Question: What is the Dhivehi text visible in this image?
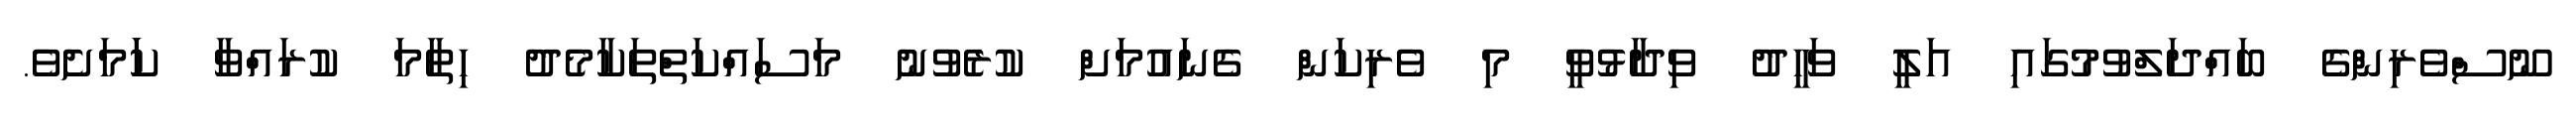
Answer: ނޫސްވެރިންގެ ބައްދަލްވުމުގައި އަލީ ވަހީދު ވިދާޅުވީ މި ވެރިކަން ގެނައުމަށް ކުރެވުނު މަސައްކަތްތަކާމެދު ހިތާމަ ކުރައްވާ ކަަމަށެވެ.